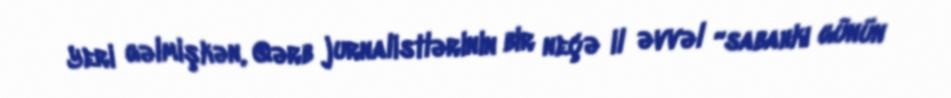
Yeri gəlmişkən, Qərb jurnalistlərinin bir neçə il əvvəl “sabahkı günün